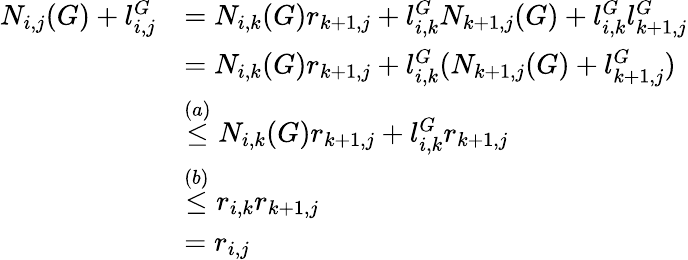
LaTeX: \begin{array}{rl}{N_{i,j}(G)+l_{i,j}^{G}}&{=N_{i,k}(G)r_{k+1,j}+l_{i,k}^{G}N_{k+1,j}(G)+l_{i,k}^{G}l_{k+1,j}^{G}}\\ &{=N_{i,k}(G)r_{k+1,j}+l_{i,k}^{G}(N_{k+1,j}(G)+l_{k+1,j}^{G})}\\ &{\stackrel{(a)}{\leq}N_{i,k}(G)r_{k+1,j}+l_{i,k}^{G}r_{k+1,j}}\\ &{\stackrel{(b)}{\leq}r_{i,k}r_{k+1,j}}\\ &{=r_{i,j}}\end{array}